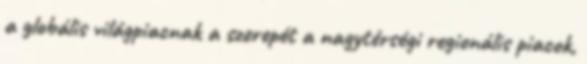
a globális világpiacnak a szerepét a nagytérségi regionális piacok,